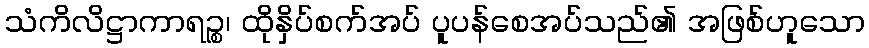
သံကိလိဋ္ဌာကာရဉ္စ၊ ထိုနှိပ်စက်အပ် ပူပန်စေအပ်သည်၏ အဖြစ်ဟူသော